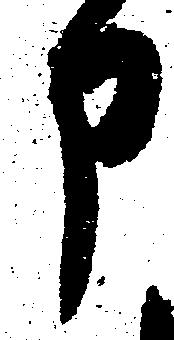
申